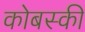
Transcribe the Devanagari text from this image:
कोबस्की